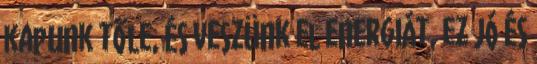
kapunk tőle, és veszünk el energiát, ez jó és